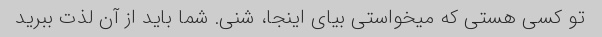
تو کسی هستی که میخواستی بیای اینجا، شنی. شما باید از آن لذت ببرید